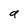
Character: d